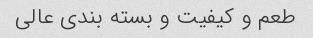
طعم و کیفیت و بسته بندی عالی